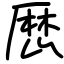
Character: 厯